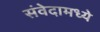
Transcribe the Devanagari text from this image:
संवेदामध्ये